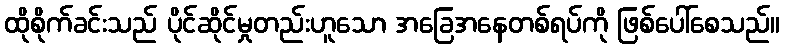
ထိုစိုက်ခင်းသည် ပိုင်ဆိုင်မှုတည်းဟူသော အခြေအနေတစ်ရပ်ကို ဖြစ်ပေါ်စေသည်။